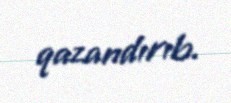
qazandırıb.